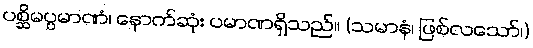
ပစ္ဆိမပ္ပမာဏံ၊ နောက်ဆုံး ပမာဏရှိသည်။ (သမာနံ၊ ဖြစ်လသော်၊)